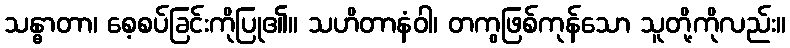
သန္ဓာတာ၊ စေ့စပ်ခြင်းကိုပြု၏။ သဟိတာနံဝါ၊ တကွဖြစ်ကုန်သော သူတို့ကိုလည်း။